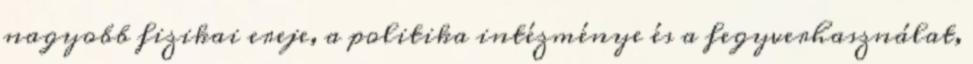
nagyobb ﬁzikai ereje, a politika intézménye és a fegyverhasználat,